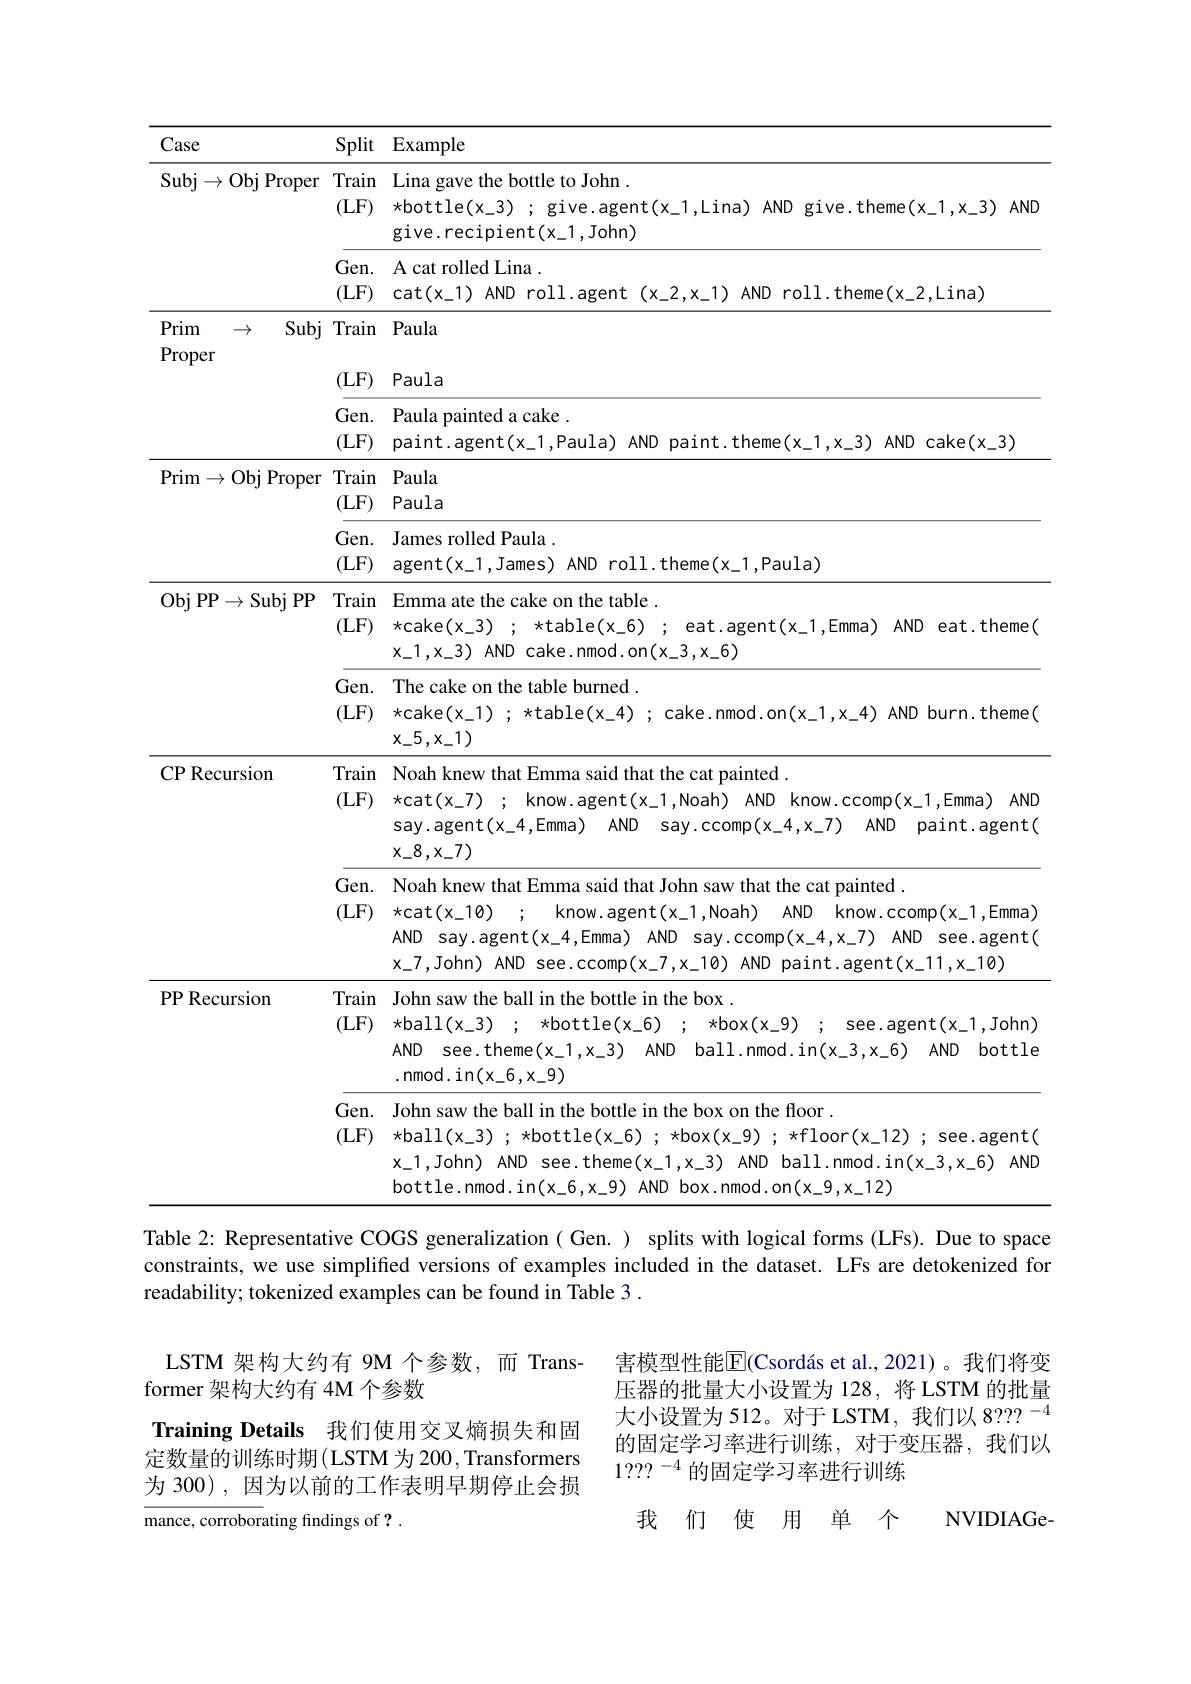
<table>
	<tbody>
		<tr>
			<th>Case</th>
			<th> </th>
			<th>Split</th>
			<th>lit $\operatorname{Example}$</th>
			<th> </th>
			<th> </th>
			<th> </th>
		</tr>
		<tr>
			<th colspan="2">Subj $\mathbf{j}\to$Obj Proper</th>
			<th>Trair (LF)</th>
			<th>ain Lina gave the bottle to John . $\mathbf{F})$ $\star$bottle$( x\_ 3)$ ; give.agent$(x\_1$,Lina) give.recipient(x_1,John)</th>
			<th>$ANI$</th>
			<th>${\mathrm{eme}}(x_{-}1,x_{-}3)$</th>
			<th>$AND$</th>
		</tr>
		<tr>
			<td> </td>
			<td> </td>
			<td>Gen (LF)</td>
			<td>${\mathrm{n.}}$ ${\mathrm{A~cat~rolled~Lina~}}.$ $F)$ $\operatorname{cat}(x_{-1})$ AND roll.agent $:(x_{-}2,x_{-}1)$ $AN$</td>
			<td>$ND$</td>
			<td>$\varepsilon(x_{-}2$,Lina)</td>
			<td> </td>
		</tr>
		<tr>
			<td>Prim $\rightarrow$ Proper</td>
			<td>Subj $\rightarrow$</td>
			<td>Trair</td>
			<td>ain Paula</td>
			<td> </td>
			<td> </td>
			<td> </td>
		</tr>
		<tr>
			<td>$\mathbf{r}\mathbf{v}\mathbf{P}^{\mathbf{v}}$ </td>
			<td> </td>
			<td>(LF, 1</td>
			<td>$F)$ Paula</td>
			<td> </td>
			<td> </td>
			<td> </td>
		</tr>
		<tr>
			<td> </td>
			<td> </td>
			<td>Gen (LF)</td>
			<td>${:}\mathbf{n}.$ Paula painted a cake . $\mathbf{F})$ $paint.agent(x_1$,Paula) AND paint.the</td>
			<td>eme</td>
			<td>$AND$ cake( $x_{- 3}$) </td>
			<td>$i)$</td>
		</tr>
		<tr>
			<td rowspan="2">Prim Obj $\rightarrow$</td>
			<td rowspan="2">rim $1\to$Obj Proper</td>
			<td>Trair (LF,</td>
			<td>ain Paula F) Paula</td>
			<td> </td>
			<td> </td>
			<td> </td>
		</tr>
		<tr>
			<td>Gen (LF)</td>
			<td>${\mathrm{m.}}$ James rolled Paula . F) agent(x_1,James) AND roll.theme(x_1</td>
			<td>Pal 1</td>
			<td> </td>
			<td> </td>
		</tr>
		<tr>
			<td rowspan="2">Obj PP$\to$Subj</td>
			<td rowspan="3">$\to$Subj PP</td>
			<td>Trair (LF)</td>
			<td>ain Emma ate the cake on the table . $\mathbf{F})$ *cake$( x\_ 3)$ ; *table$( x\_ 6)$ ; eat.age $x_{- }$1, $x_{- }$3) AND cake. nmod. on( $x_{- }$3, $x_{- }$6) </td>
			<td>$2nt$</td>
			<td>$AND$ eat. the</td>
			<td>sme 11</td>
		</tr>
		<tr>
			<td>LIMI (LF)</td>
			<td>$F$ *cake$( x\_ 3)$ ; *table$( x\_ 6)$ ; eat.age x$\_$1, x$\_$3) AND cake. nmod. on( x$\_$3, x$\_$6) </td>
			<td>$2nt$</td>
			<td>$AND$ eat. the</td>
			<td>sme</td>
		</tr>
		<tr>
			<td> </td>
			<td>Gen (LF)</td>
			<td>${:}\mathbf{n}.$ The cake on the table burned . $\mathbf{F})$ *cake$( x\_ 1)$ ; *table$( x\_ 4)$ ; cake.nmod $\mathbf{x}_{-}5,\mathbf{x}_{-}1)$</td>
			<td>$1.0n$</td>
			<td>$AND$ burn. the</td>
			<td>sme $f$</td>
		</tr>
		<tr>
			<td rowspan="2">CP Recursion</td>
			<td>rsion</td>
			<td>Trair (LF)</td>
			<td>iin ${\textbf{n Noah knew that Emma said that the cat pain}}$ $F)$ *cat$( x\_ 7)$ ; know.agent$(x\_1$,Noah) A say.agent(x_4,Emma) AND say.ccomp $x_{-}8,x_{-}7)$</td>
			<td>$\iota ted$ vND $(x_{-}$</td>
			<td>$\operatorname{ıp}(x_{-}1$,Emma) $VD$ paint.age</td>
			<td>$AND$ $\exists nt($</td>
		</tr>
		<tr>
			<td> </td>
			<td>Gen (LF)</td>
			<td>$2n.$ Noah knew that Emma said that John saw th $\mathbf{F})$ $\star$cat$( x\_ 10)$ ; know.agent$(x\_1$,Noah) AND say.agent(x_4,Emma) AND say.cc $\mathbf{x}\_7$,John) AND see.ccomp$(\mathbf{x}\_7,\mathbf{x}\_10)$ AN</td>
			<td>lattl $:0mp$ $ND$</td>
			<td>ed . .CCOmp$(\mathbf{x}_{-}1$,Em $AND$ see.age $\operatorname{nt}(x_{-}11,x_{-}10)$</td>
			<td>nma) $\exists nt($</td>
		</tr>
		<tr>
			<td rowspan="2">PP Recursion</td>
			<td>rsion</td>
			<td>Trair (LF)</td>
			<td>iin John saw the ball in the bottle in the box . $\mathbf{F})$ *ball$( x\_ 3)$ ; $\star$bottle$( x\_ 6)$ ; $\star$box( $AND$ see.theme(x_1,x_3) $AND$ $ball. n$ .nmod.in$(x_-6,x_-9)$</td>
			<td>$(x_{-}.$ $1mod$</td>
			<td>.agent$(\mathbf{x}_{-}1$,Jo -6) bot $AND$</td>
			<td>$\lambda hn)$ :tle</td>
		</tr>
		<tr>
			<td rowspan="1">Recursion</td>
			<td>Gen (LF)</td>
			<td>en. John saw the ball in the bottle in the box on $\mathbf{F})$ *ball$( x\_ 3)$ ; *bottle$( x\_ 6)$ ; $\star$box$(x\_9)$ x$\_$1, John) AND see.theme(x\_1,x\_3) AN AND box. nmod hottle nmod in(x 6 x 9)</td>
			<td>the (1) $VD$ d.01</td>
			<td>12) ; see.age $\operatorname{in}(x_{-}3,x_{-}6)$ 2)</td>
			<td>$\exists nt($ $AND$</td>
		</tr>
	</tbody>
</table>
constraints, we use simplified versions of examples included in the dataset. LFs are detokenized for

readability; tokenized examples can be found in Table 3 .

LSTM 架构大约有 9M 个参数，而 Trans-
former 架构大约有 4M 个参数

害模型性能$\overline {\mathrm{E} }( \text{Csord\' {a}setal. , 2021) 。我 们 将 变 }$ 压器的批量大小设置为 128, 将 LSTM 的批量大小设置为 512。对干 LSTM, 我们以 8??? -4的固定学习率进行训练，对于变压器，我们以$1???^{-4}$的固定学习率进行训练

Training Details 我们使用交叉熵损失和固定数量的训练时期(LSTM 为 200, Transformers 为 300), 因为以前的工作表明早期停止会损

NVIDIAGe-

我们使用单个

mance, corroborating findings of ?